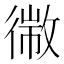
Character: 幑